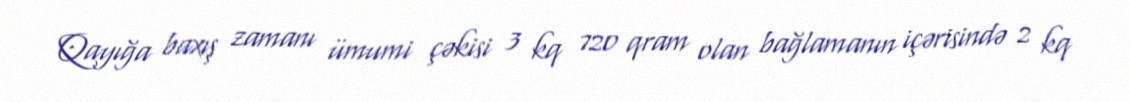
Qayığa baxış zamanı ümumi çəkisi 3 kq 720 qram olan bağlamanın içərisində 2 kq